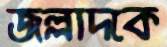
জল্লাদকে